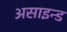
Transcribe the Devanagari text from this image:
असाइन्ड